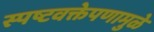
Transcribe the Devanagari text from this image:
स्पष्टवक्तेपणामुळे